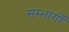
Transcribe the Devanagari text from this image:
सम्भागोँ